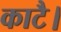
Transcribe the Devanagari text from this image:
काटै।